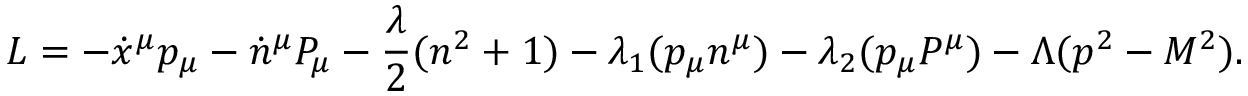
L = - \dot { x } ^ { \mu } p _ { \mu } - \dot { n } ^ { \mu } P _ { \mu } - { \frac { \lambda } { 2 } } ( n ^ { 2 } + 1 ) - \lambda _ { 1 } ( p _ { \mu } n ^ { \mu } ) - \lambda _ { 2 } ( p _ { \mu } P ^ { \mu } ) - \Lambda ( p ^ { 2 } - M ^ { 2 } ) .